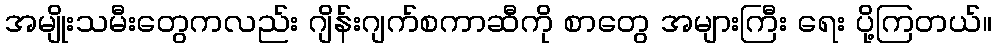
အမျိုးသမီးတွေကလည်း ဂျိန်းဂျက်စကာဆီကို စာတွေ အများကြီး ရေး ပို့ကြတယ်။